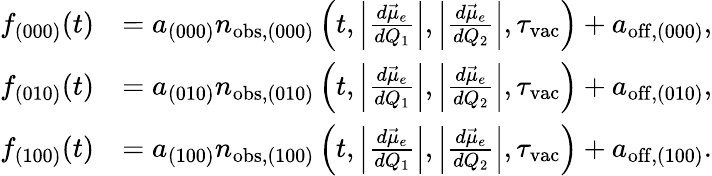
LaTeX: \begin{array}{rl}{f_{(000)}(t)}&{=a_{(000)}n_{\mathrm{obs},(000)}\left(t,\left|\frac{d\vec{\mu}_{e}}{dQ_{1}}\right|,\left|\frac{d\vec{\mu}_{e}}{dQ_{2}}\right|,\tau_{\mathrm{vac}}\right)+a_{\mathrm{off},(000)},}\\ {f_{(010)}(t)}&{=a_{(010)}n_{\mathrm{obs},(010)}\left(t,\left|\frac{d\vec{\mu}_{e}}{dQ_{1}}\right|,\left|\frac{d\vec{\mu}_{e}}{dQ_{2}}\right|,\tau_{\mathrm{vac}}\right)+a_{\mathrm{off},(010)},}\\ {f_{(100)}(t)}&{=a_{(100)}n_{\mathrm{obs},(100)}\left(t,\left|\frac{d\vec{\mu}_{e}}{dQ_{1}}\right|,\left|\frac{d\vec{\mu}_{e}}{dQ_{2}}\right|,\tau_{\mathrm{vac}}\right)+a_{\mathrm{off},(100)}.}\end{array}